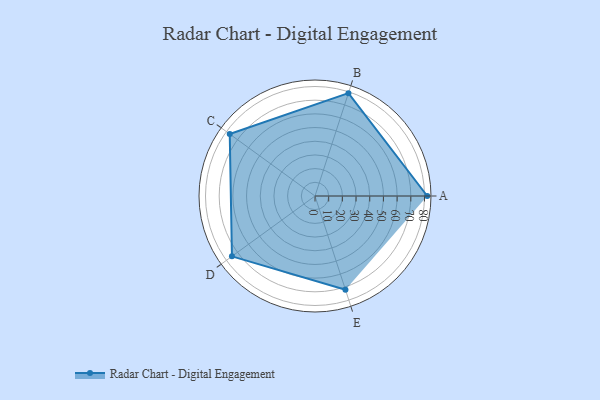
{"axis": {"x": "Skill", "y": "Score"}, "legend": ["Profile"], "data": [{"x": "A", "y": 82.0, "type": "Profile"}, {"x": "B", "y": 79.0, "type": "Profile"}, {"x": "C", "y": 77.0, "type": "Profile"}, {"x": "D", "y": 75.0, "type": "Profile"}, {"x": "E", "y": 72.0, "type": "Profile"}]}